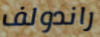
راندولف